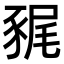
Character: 𧱎